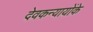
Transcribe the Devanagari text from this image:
देवकन्यायोंके